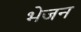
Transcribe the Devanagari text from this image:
भेजन